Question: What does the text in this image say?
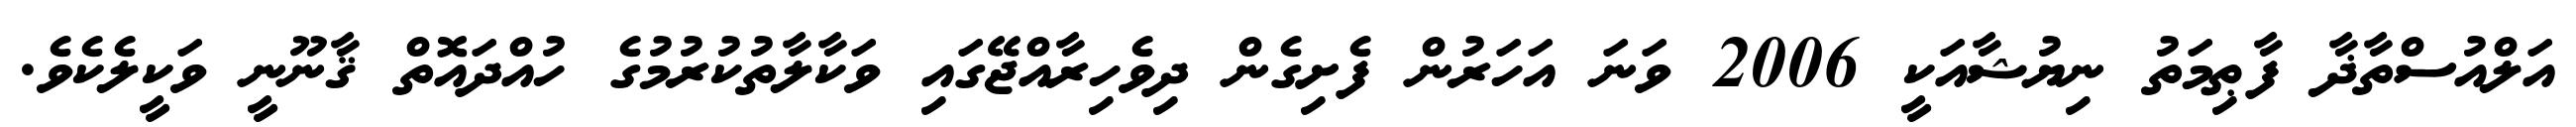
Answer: އަލްއުސްތާޛާ ފާޠިމަތު ނިޔުޝާއަކީ 2006 ވަނަ އަހަރުން ފެށިގެން ދިވެހިރާއްޖޭގައި ވަކާލާތުކުރުމުގެ ހުއްދައޮތް ޤާނޫނީ ވަކީލެކެވެ.